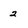
Character: 2